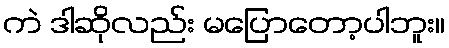
ကဲ ဒါဆိုလည်း မပြောတော့ပါဘူး။